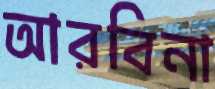
আরবিনা